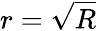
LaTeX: r={\sqrt{R}}